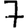
Digit: 7